Civil Veterinary Dept. North-West Frontier Province 1901-22 - 1901-1922
Year: 1901
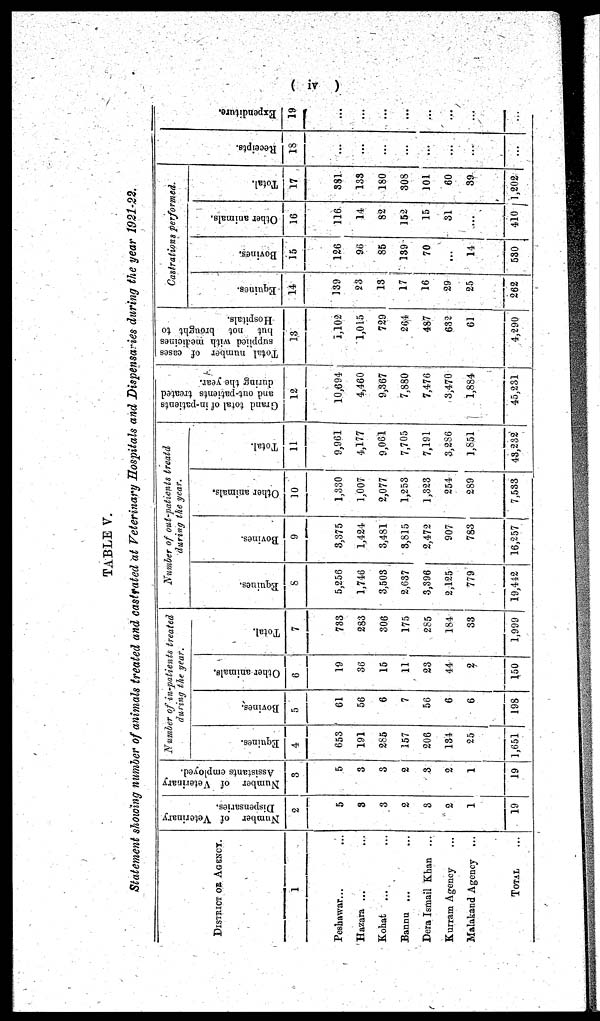
(iv)
TABLE V.
Statement showing number of animals treated and castrated at Veterinary Hospitals and Dispensaries during the year 1921-22.
DISTRICT OR AGENCY.
1
Peshawar... ...
Hazara ... ...
Kohat ... ...
Bannu ... ...
Dera Ismail Khan ...
Kurram Agency ...
Malakand Agency ...
TOTAL ...
Number of Veterinary
Dispensaries.
2
5
3
3
2
3
2
1
19
Number of Veterinary
Assistants employed.
3
5
3
3
2
3
2
1
19
Number of in-patients treated
during the year.
Equines.
4
653
191
285
157
206
134
25
1,651
Bovines.
5
61
56
6
7
56
6
6
198
Other animals.
6
19
3d
15
11
23
44
2
150
Total.
7
733
283
306
175
285
184
33
1,999
Number of out-patients treatd
during the year.
Equines.
8
5,256
1,746
3,503
2,637
3,396
2,125
779
19,442
Bovines.
9
3,375
1,424
3,481
8,815
2,472
907
783
16,257
Other animals.
10
1,330
1,007
2,077
1,253
1,323
254
289
7,533
Total.
11
9,961
4,177
9,061
7,705
7,191
3,286
1,851
43,232
Grand total of in-patients
and out-patients treated
during the year.
12
10,694
4,460
9,367
7,880
7,476
3,470
1,884
45,231
Total number of cases
supplied with medicines
but not brought to
Hospitals.
13
1,102
1,015
729
264
487
632
61
4,290
Castrations performed.
Equines.
14
139
23
13
17
16
29
25
262
Bovines.
15
126
96
85
139
70
...
14
530
Other animals.
16
116
14
82
152
15
31
...
410
Total.
17
381
133
180
308
101
60
39
1,202
Recei pt s.
18
...
...
...
...
...
...
...
...
Expendi t
ur e.
19
...
...
...
...
...
...
...
...